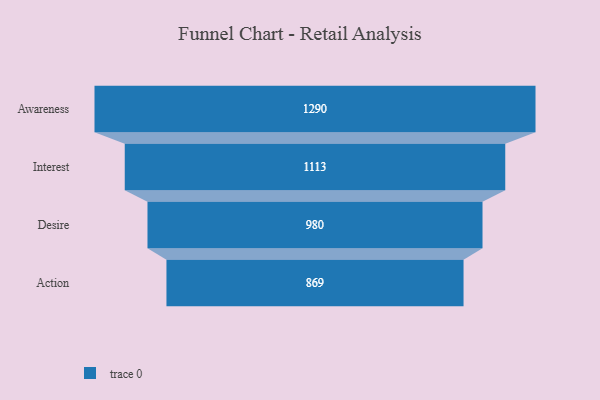
{"axis": {"x": "Stage", "y": "Value"}, "legend": [""], "data": [{"x": "Awareness", "y": 1290.0, "type": ""}, {"x": "Interest", "y": 1113.0, "type": ""}, {"x": "Desire", "y": 980.0, "type": ""}, {"x": "Action", "y": 869.0, "type": ""}]}